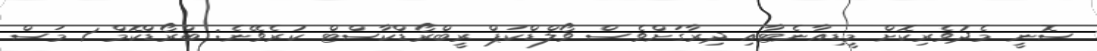
ސޮނީ މެދުވެރިކޮށް މީޑިއާނެޓާއި ދިރާގަށްވެސް ވޯލްޑްކަޕް ރީބްރޯޑްކާސްޓް ކުރެވޭނެ: ބްރޯޑްކޮމް 1 މަސް